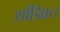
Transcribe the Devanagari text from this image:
शौंडिक।